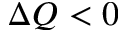
\Delta Q < 0